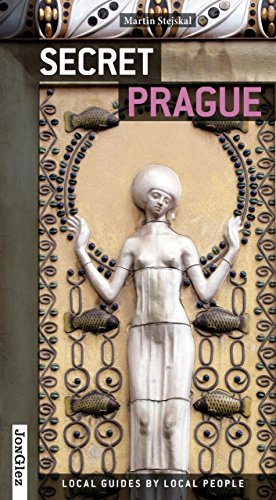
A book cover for Secret Prague; Martin Stejskal; Travel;